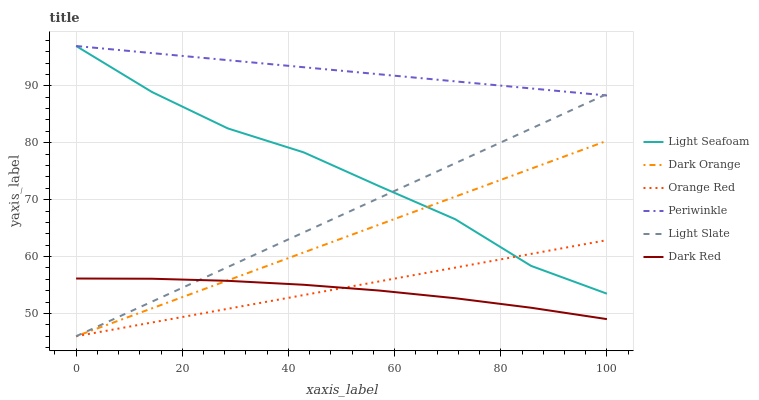
| xaxis_label | Light Seafoam | Dark Orange | Orange Red | Periwinkle | Light Slate | Dark Red |
 | --- | --- | --- | --- | --- | --- | --- |
 | 0 | 97 | 46 | 46 | 97 | 46 | 56.1 |
 | 14.3 | 88.9 | 50.9 | 48.4 | 95.8 | 52.1 | 56.1 |
 | 28.6 | 82.5 | 55.8 | 50.8 | 94.5 | 58.2 | 55.7 |
 | 42.9 | 78.3 | 60.7 | 53.2 | 93.3 | 64.2 | 55 |
 | 57.1 | 72.4 | 65.6 | 55.6 | 92 | 70.3 | 54 |
 | 71.4 | 66.6 | 70.5 | 58.1 | 90.8 | 76.4 | 52.7 |
 | 85.7 | 58.4 | 75.4 | 60.5 | 89.5 | 82.5 | 51 |
 | 100 | 53.5 | 80.3 | 62.9 | 88.3 | 88.6 | 49 |